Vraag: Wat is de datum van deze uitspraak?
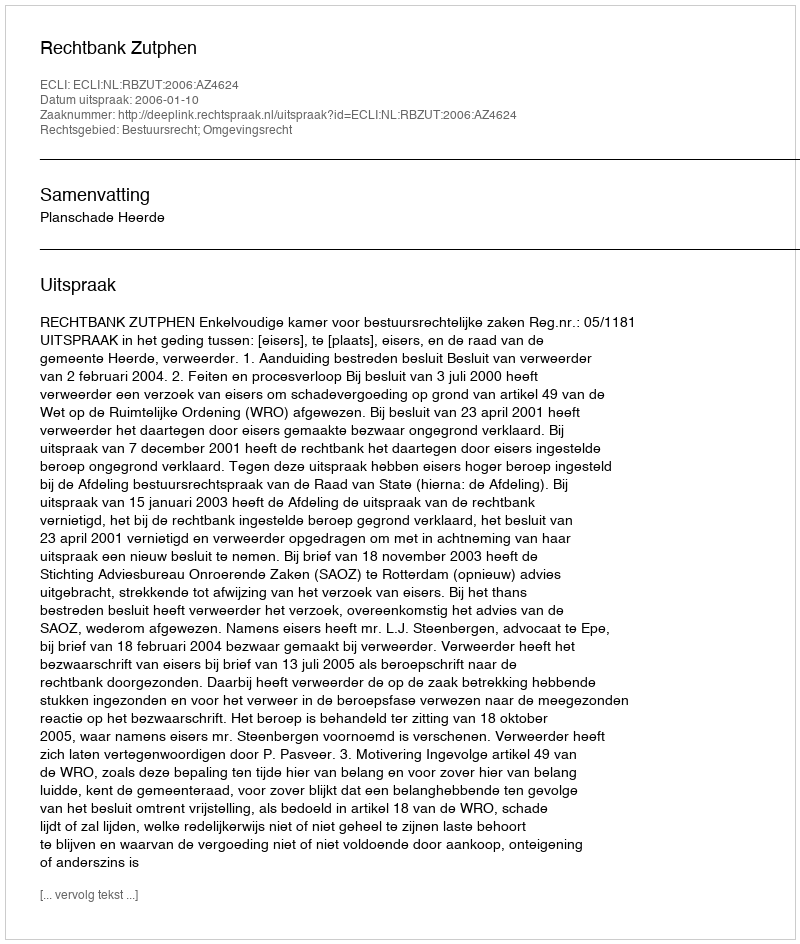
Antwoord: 2006-01-10